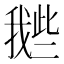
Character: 𢧲